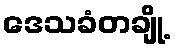
ဒေသခံတချို့